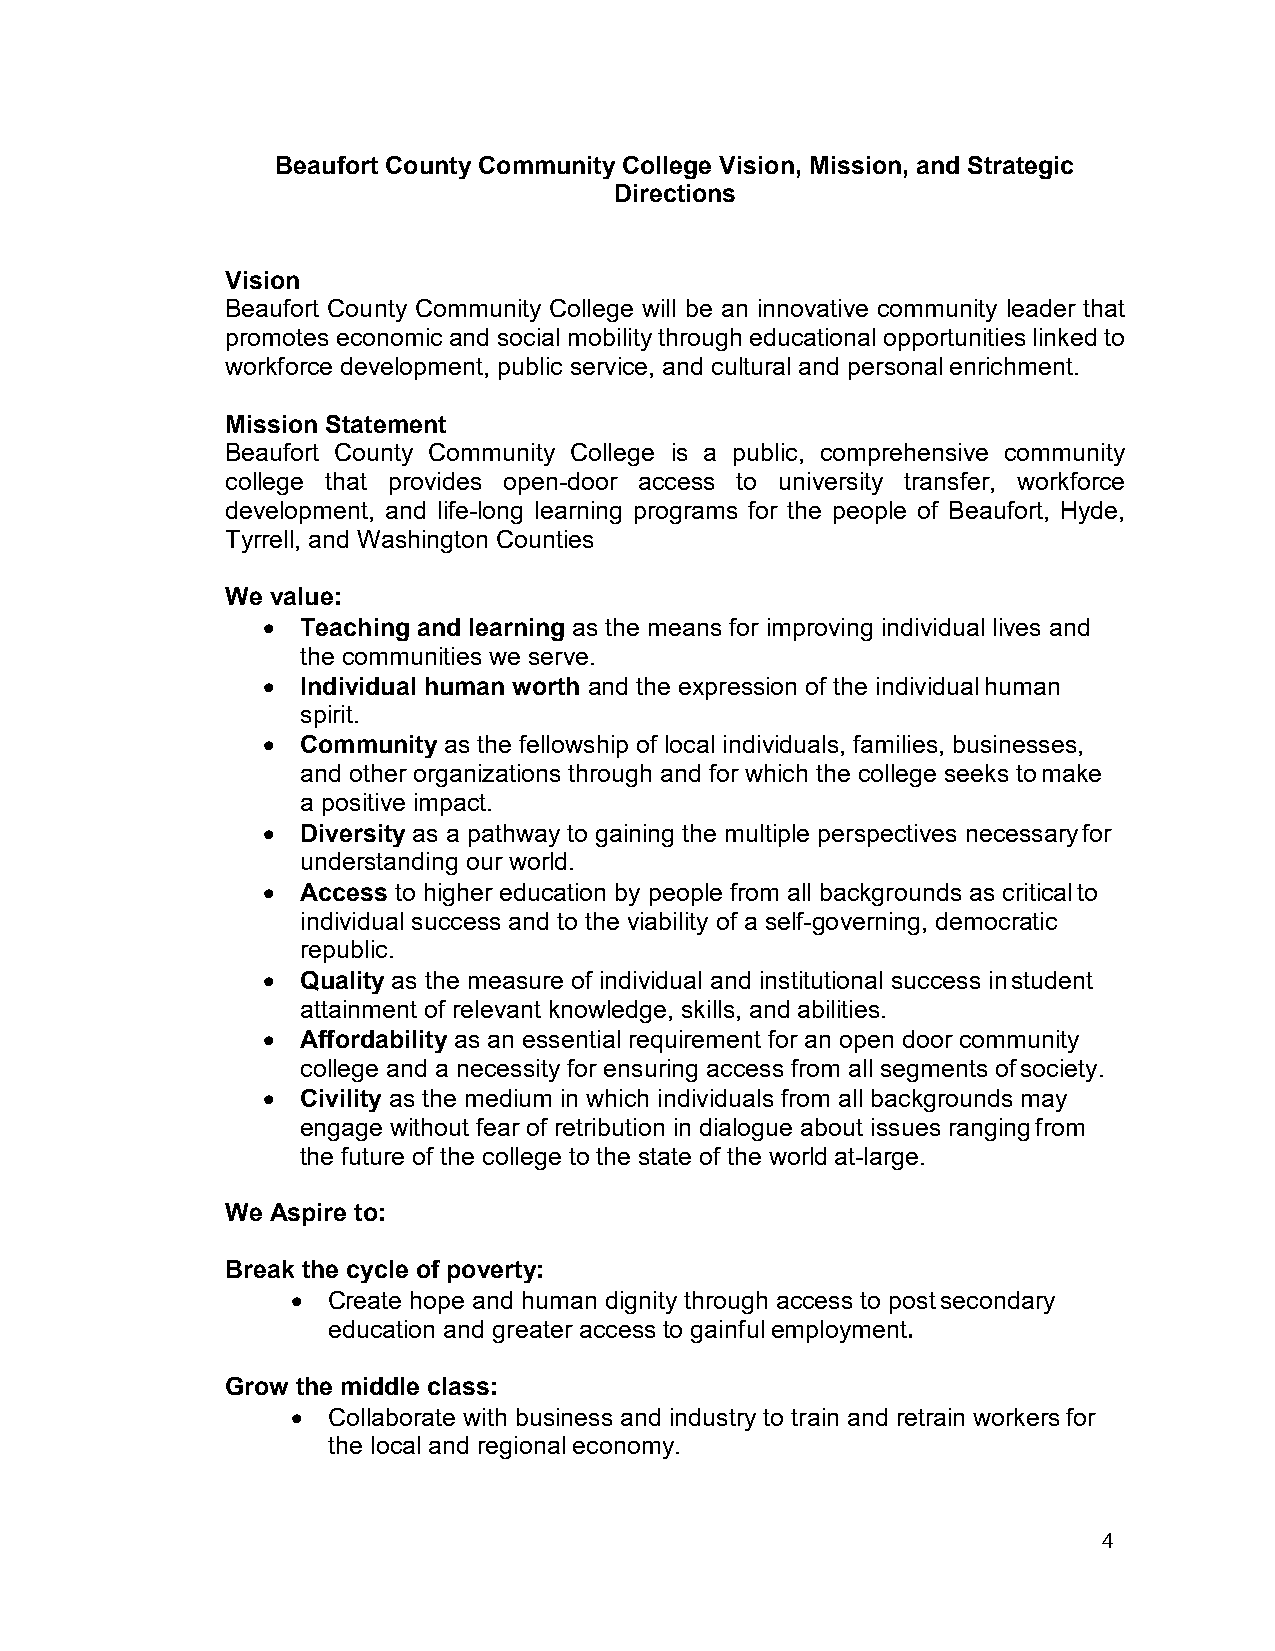
Beaufort County Community College Vision, Mission, and Strategic
 Directions
 Vision
 Beaufort County Community College will be an innovative community leader that
 promotes economic and social mobility through educational opportunities linked to
 workforce development, public service, and cultural and personal enrichment.
 Mission Statement
 Beaufort County Community College is a public, comprehensive community
 college that provides open-door access to university transfer, workforce
 development, and life-long learning programs for the people of Beaufort, Hyde,
 Tyrrell, and Washington Counties
 We value:
 •  Teaching and learning as the means for improving individual lives and
 the communities we serve.
 •  Individual human worth and the expression of the individual human
 spirit.
 •  Community as the fellowship of local individuals, families, businesses,
 and other organizations through and for which the college seeks to make
 a positive impact.
 •  Diversity as a pathway to gaining the multiple perspectives necessary for
 understanding our world.
 •  Access to higher education by people from all backgrounds as critical to
 individual success and to the viability of a self-governing, democratic
 republic.
 •  Quality as the measure of individual and institutional success in student
 attainment of relevant knowledge, skills, and abilities.
 •  Affordability as an essential requirement for an open door community
 college and a necessity for ensuring access from all segments of society.
 •  Civility as the medium in which individuals from all backgrounds may
 engage without fear of retribution in dialogue about issues ranging from
 the future of the college to the state of the world at-large.
 We Aspire to:
 Break the cycle of poverty:
 •  Create hope and human dignity through access to post secondary
 education and greater access to gainful employment.
 Grow the middle class:
 •  Collaborate with business and industry to train and retrain workers for
 the local and regional economy.
 4